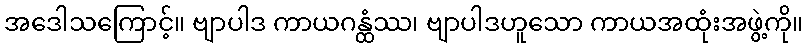
အဒေါသကြောင့်။ ဗျာပါဒ ကာယဂန္ထံဿ၊ ဗျာပါဒဟူသော ကာယအထုံးအဖွဲ့ကို။